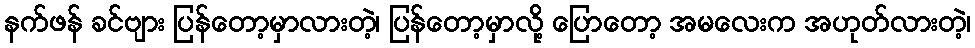
နက်ဖန် ခင်ဗျား ပြန်တော့မှာလားတဲ့၊ ပြန်တော့မှာလို့ ပြောတော့ အမလေးက အဟုတ်လားတဲ့၊